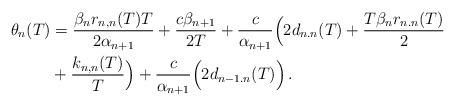
\begin{align*}\theta_n(T) & =\frac{\beta_n r_{n,n}(T)T}{2 \alpha_{n+1}} + \frac{c \beta_{n+1}}{2T}+\frac{c}{\alpha_{n+1}}\Big(2 d_{n.n}(T) +\frac{T \beta_n r_{n.n}(T)}{2} \\&+ \frac{k_{n,n}(T)}{T}\Big)+ \frac{c}{\alpha_{n+1}}\Big(2 d_{n-1.n}(T) \Big)\,.\end{align*}